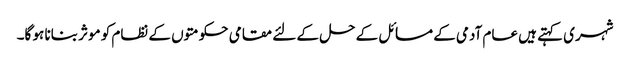
شہری کہتے ہیں عام آدمی کے مسائل کے حل کے لئے مقامی حکومتوں کے نظام کو موثر بنانا ہو گا۔